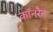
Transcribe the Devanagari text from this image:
कॉनरैन